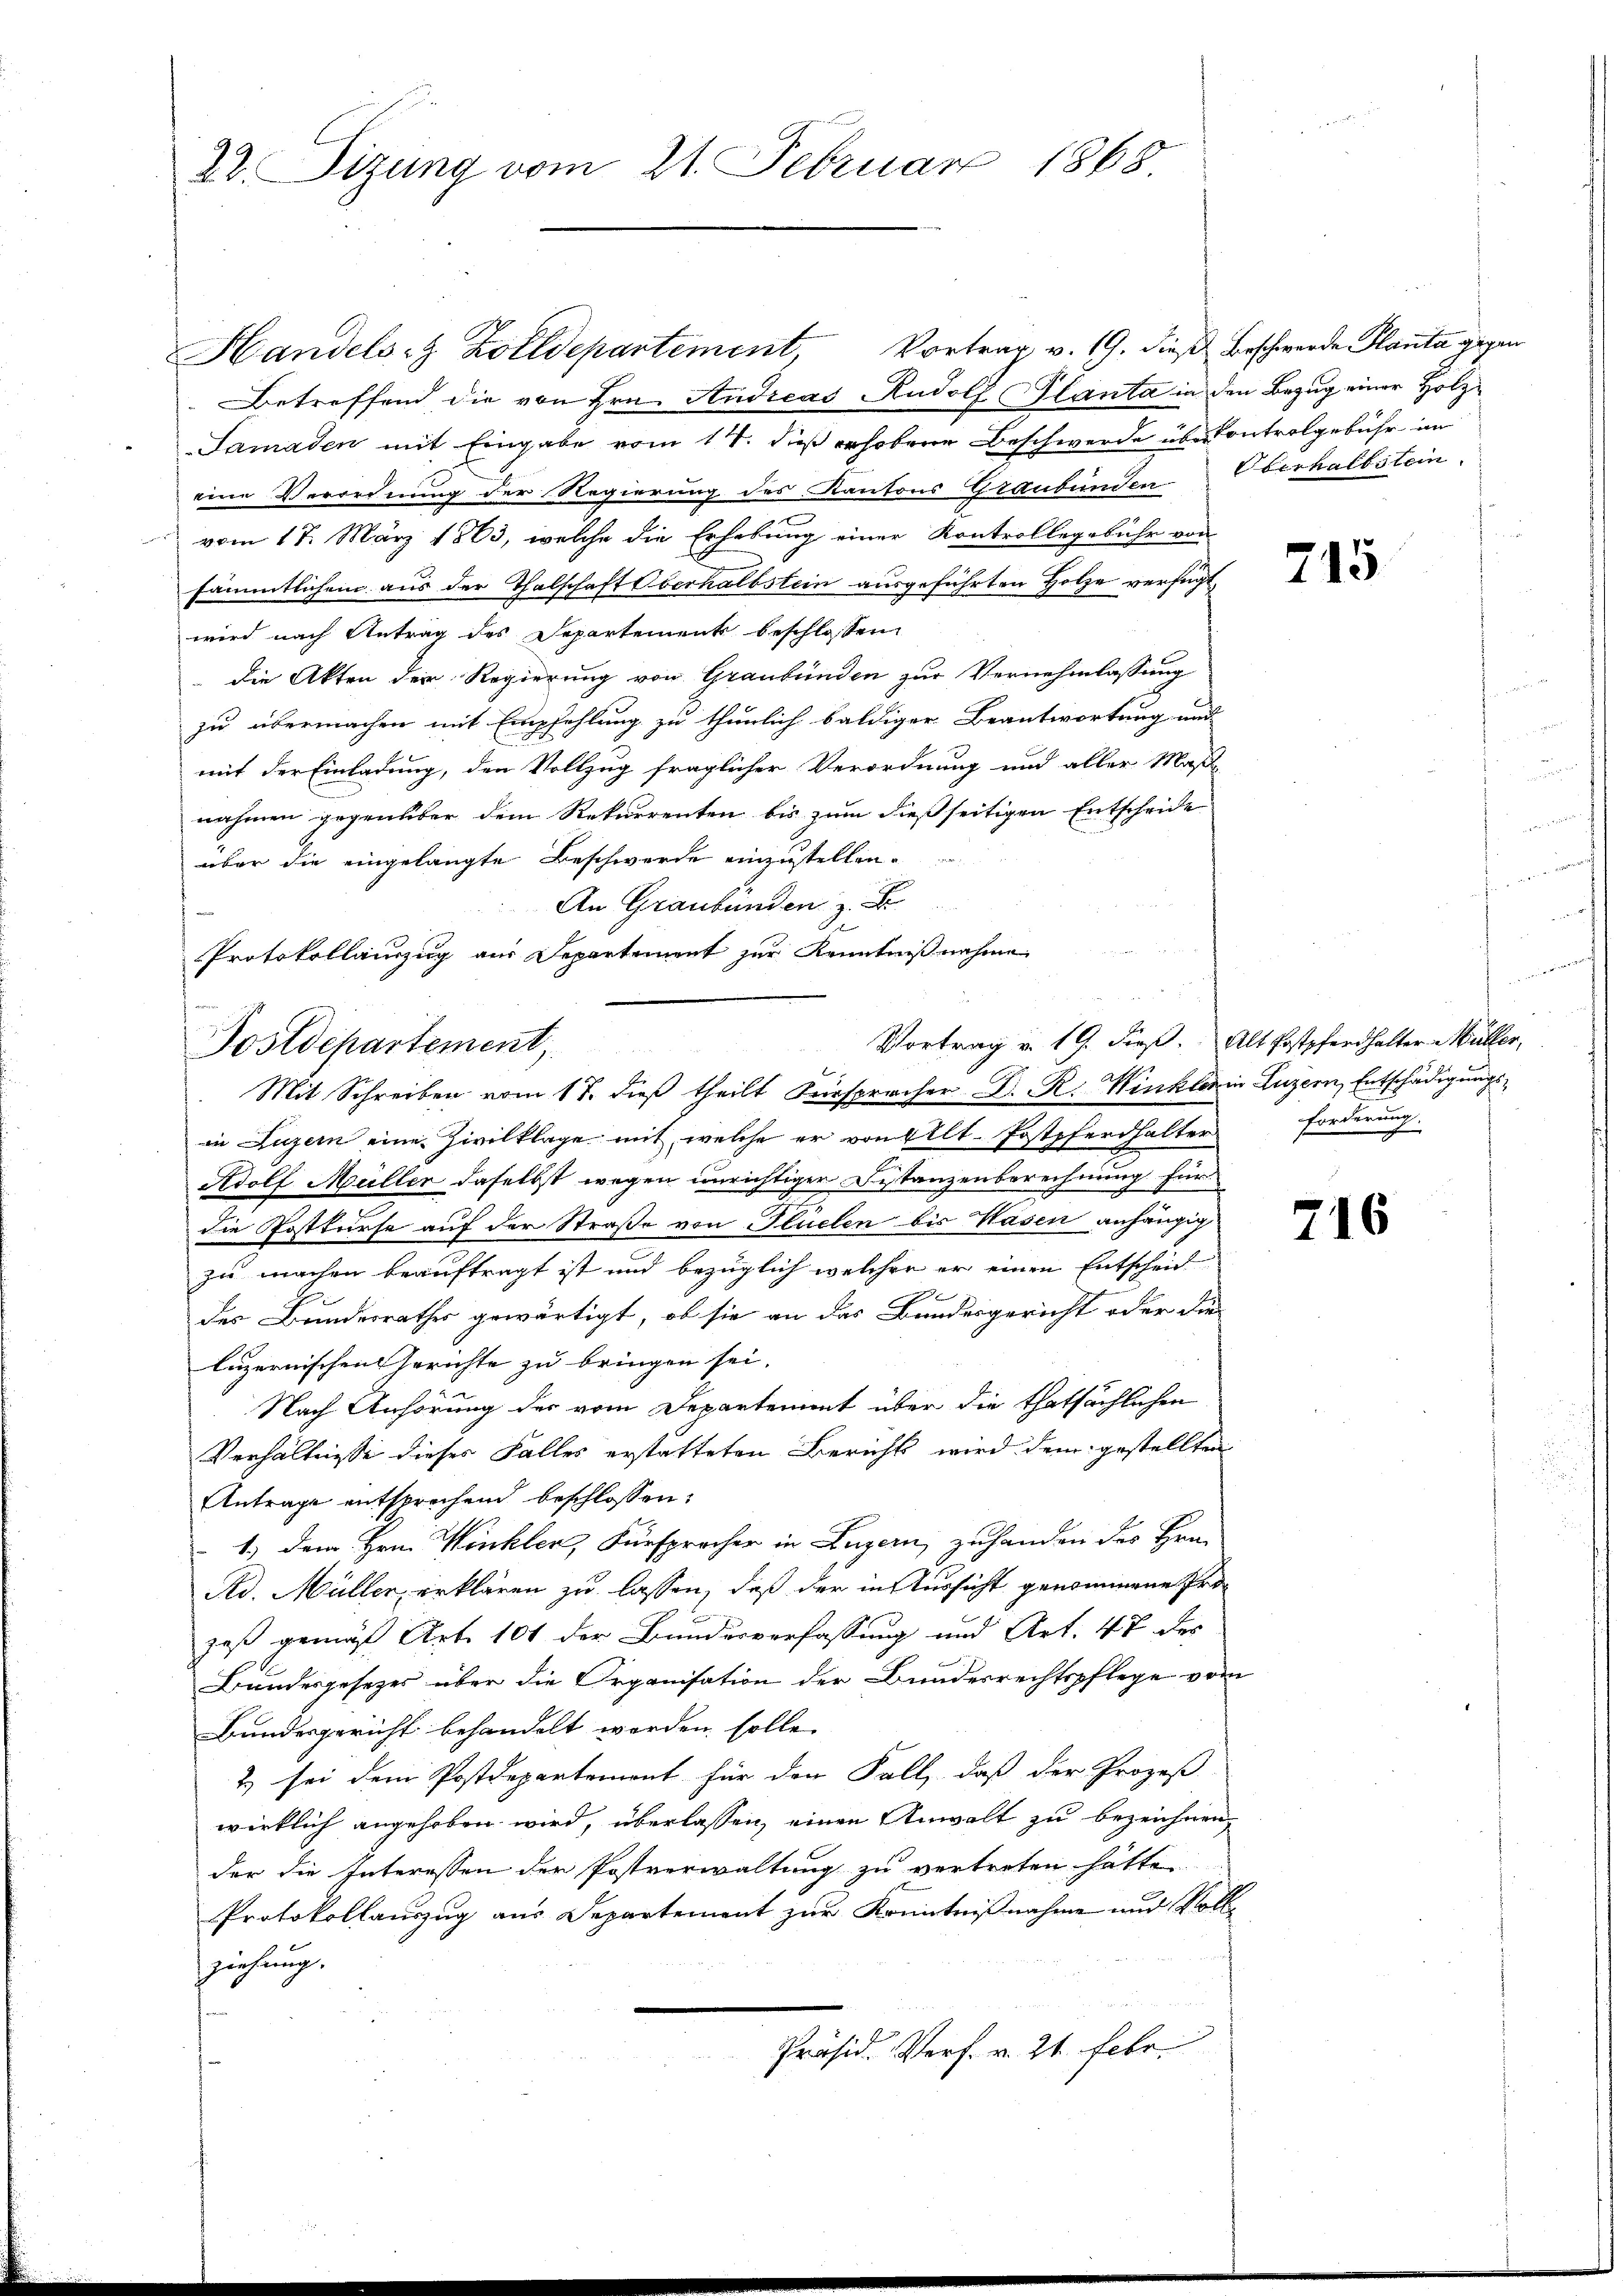
22. Sizung vom 21. Februar 1865

Handels- & Zolldepartement, Vortrag v. 19. dieß Beschwerde Planta gegen
Betreffend die von Hrn. Andreas Rudolf Glanta in den Bezug einer Holz¬
Samaden mit Eingabe vom 1t. dieß erhobene Beschwerde über Controlgebühr im
eine Verordnung der Regierung des Kantons Graubünden
vom 17. März 1863, welche die Erhebung einer Kontrollegebühr von
sämmtlichen aus der Thalschaft Oberhalbstein ausgeführten Holze verfügt,
wird nach Antrag des Departement beschlossen,
die Akten der Regierung von Graubünden zur Vernehmlassung
zu übermachen mit Empfehlung zu thunlich baldiger Beantwortung und
mit der Einladung, den Vollzug fraglicher Verordnung und aller Maße
nahmen gegenüber dem Rekurrenten bis zum dießseitigen Entscheide
über die eingelangte Beschwerde einzustellen.
An Graubünden z. B.
¬
Protokollauszug aus Departement zur Kenntnißnahme

Vortrag v. 19. dieß.
Postdepartement,
Mit Schreiben vom 17. dieß theilt Fürsprocher Dr. R. Winkler in Luzern, Entschädigungs¬

Oberhalbstein.

in Luzern eine Zivilklage mit, welche er von Ellt. Postpferdhalter
Adolf Müller daselbst wegen unrichtiger Distanzenberechnung für
die Postkurse auf der Straße von Flüelen bis Hasen anhängig
zu machen beauftragt ist und bezüglich welcher er einen Entscheid
des Bundesrathes gewärtigt, ob sie an das Bundesgericht oder die
luzernischen Gerichte zu bringen sei. |
Nach Anhörung der vom Departement über die thatsächlichen
Verhältnisse dieses Falles erstatteten Berichts wird dem gestellten
Antrage entsprechend beschlossen:
1.) Dem Hrn. Winkler, Fürsprocher in Luzern zuhanden des Hrn.
Ad. Müller, erklären zu lassen, daß der in Aussicht genommene Pro¬
.
zeß gemäß Art. 101 der Bundesverfassung und Art. 48 des
Bundesgesezes über die Organisation der Bundesrechtspflege vom
Bundesgericht behandelt werden solle.
2) sei dem Postdepartement für den Fall, daß der Prozeß
wirklich angehoben wird, überlassen, einen Anwalt zu bezeichnen,
der die Interessen der Postverwaltung zu vertreten hätte
Protokollauszug aus Departement zur Kenntnißnahme und Vollziehung.
Präsid. Verf. v. 21. Febr.

715

i
Alt Postpferdhalter Müller,
forderung.

716